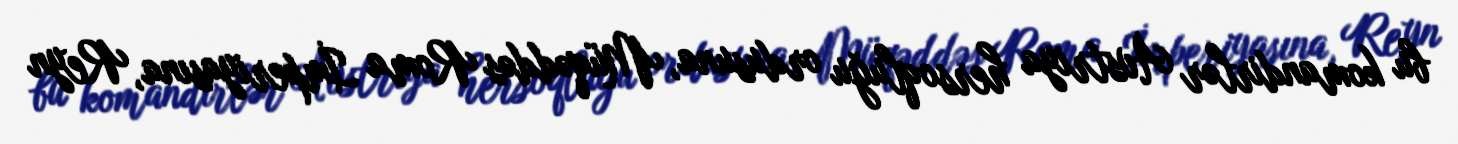
bu komandirlər Avstriya hersoqluğu ordusuna, Müqəddəs Roma İmperiyasına, Reyn